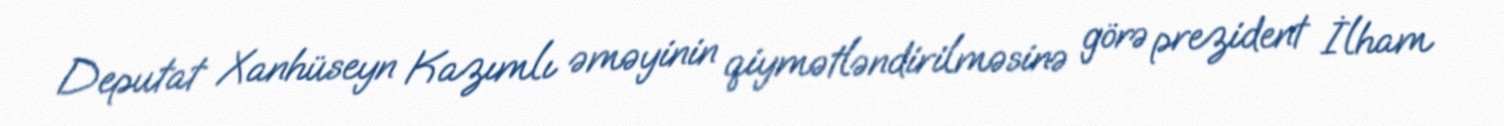
Deputat Xanhüseyn Kazımlı əməyinin qiymətləndirilməsinə görə prezident İlham